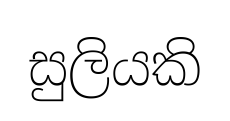
සුලියකි